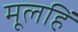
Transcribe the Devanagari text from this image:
मूलहिं